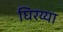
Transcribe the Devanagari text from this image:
घिरय्या